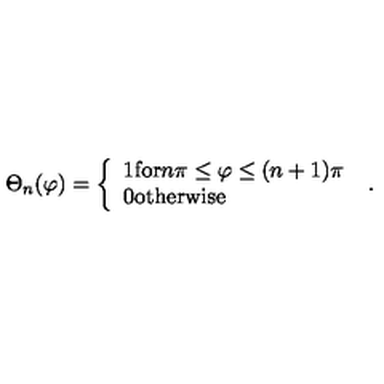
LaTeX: \Theta _ { n } ( \varphi ) = \left\{ \begin{array} { l } { 1 \mathrm { f o r } n \pi \leq \varphi \leq ( n + 1 ) \pi } \\ { 0 \mathrm { o t h e r w i s e } } \\ \end{array} \right. \ .